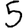
Digit: 5